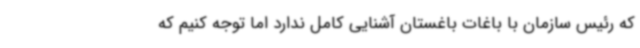
که رئیس سازمان با باغات باغستان آشنایی کامل ندارد اما توجه کنیم که